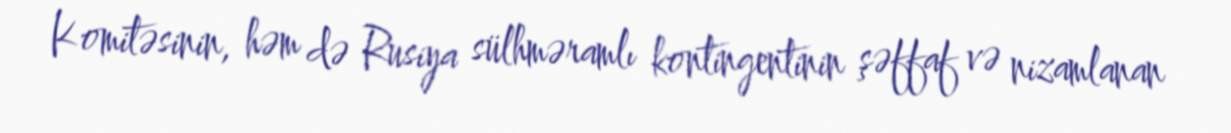
Komitəsinin, həm də Rusiya sülhməramlı kontingentinin şəffaf və nizamlanan